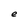
Character: e